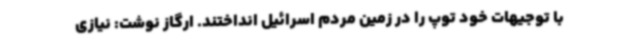
با توجیهات خود توپ را در زمین مردم اسرائیل انداختند. ارگاز نوشت: نیازی